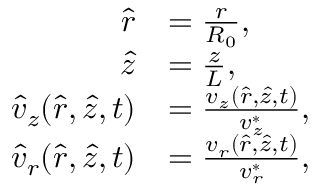
\begin{array} { r l } { \hat { r } } & { = \frac { r } { R _ { 0 } } , } \\ { \hat { z } } & { = \frac { z } { L } , } \\ { \hat { v } _ { z } ( \hat { r } , \hat { z } , t ) } & { = \frac { v _ { z } ( \hat { r } , \hat { z } , t ) } { v _ { z } ^ { * } } , } \\ { \hat { v } _ { r } ( \hat { r } , \hat { z } , t ) } & { = \frac { v _ { r } ( \hat { r } , \hat { z } , t ) } { v _ { r } ^ { * } } , } \end{array}